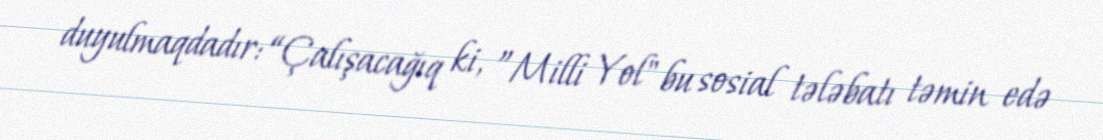
duyulmaqdadır: “Çalışacağıq ki, ”Milli Yol" bu sosial tələbatı təmin edə